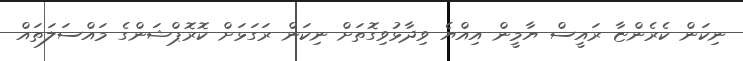
ނިކަން ކެެރެންޏާ ރައީސް ޔާމީން އިއްޔެ ވިދާޅުވިގޮތަށް ނިކަން ރަގަޅަށް ކޮރޮޕްޝަންގެ މައްސަލަތައް